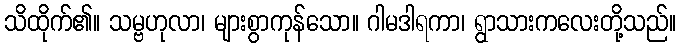
သိထိုက်၏။ သမ္ဗဟုလာ၊ များစွာကုန်သော။ ဂါမဒါရကာ၊ ရွာသားကလေးတို့သည်။